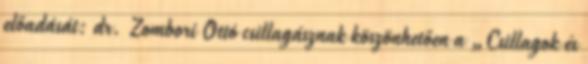
előadását: dr. Zombori Ottó csillagásznak köszönhetően a „Csillagok és